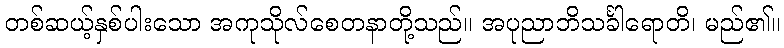
တစ်ဆယ့်နှစ်ပါးသော အကုသိုလ်စေတနာတို့သည်။ အပုညာဘိသင်္ခါရောတိ၊ မည်၏။